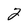
Character: 2